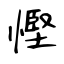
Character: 慳